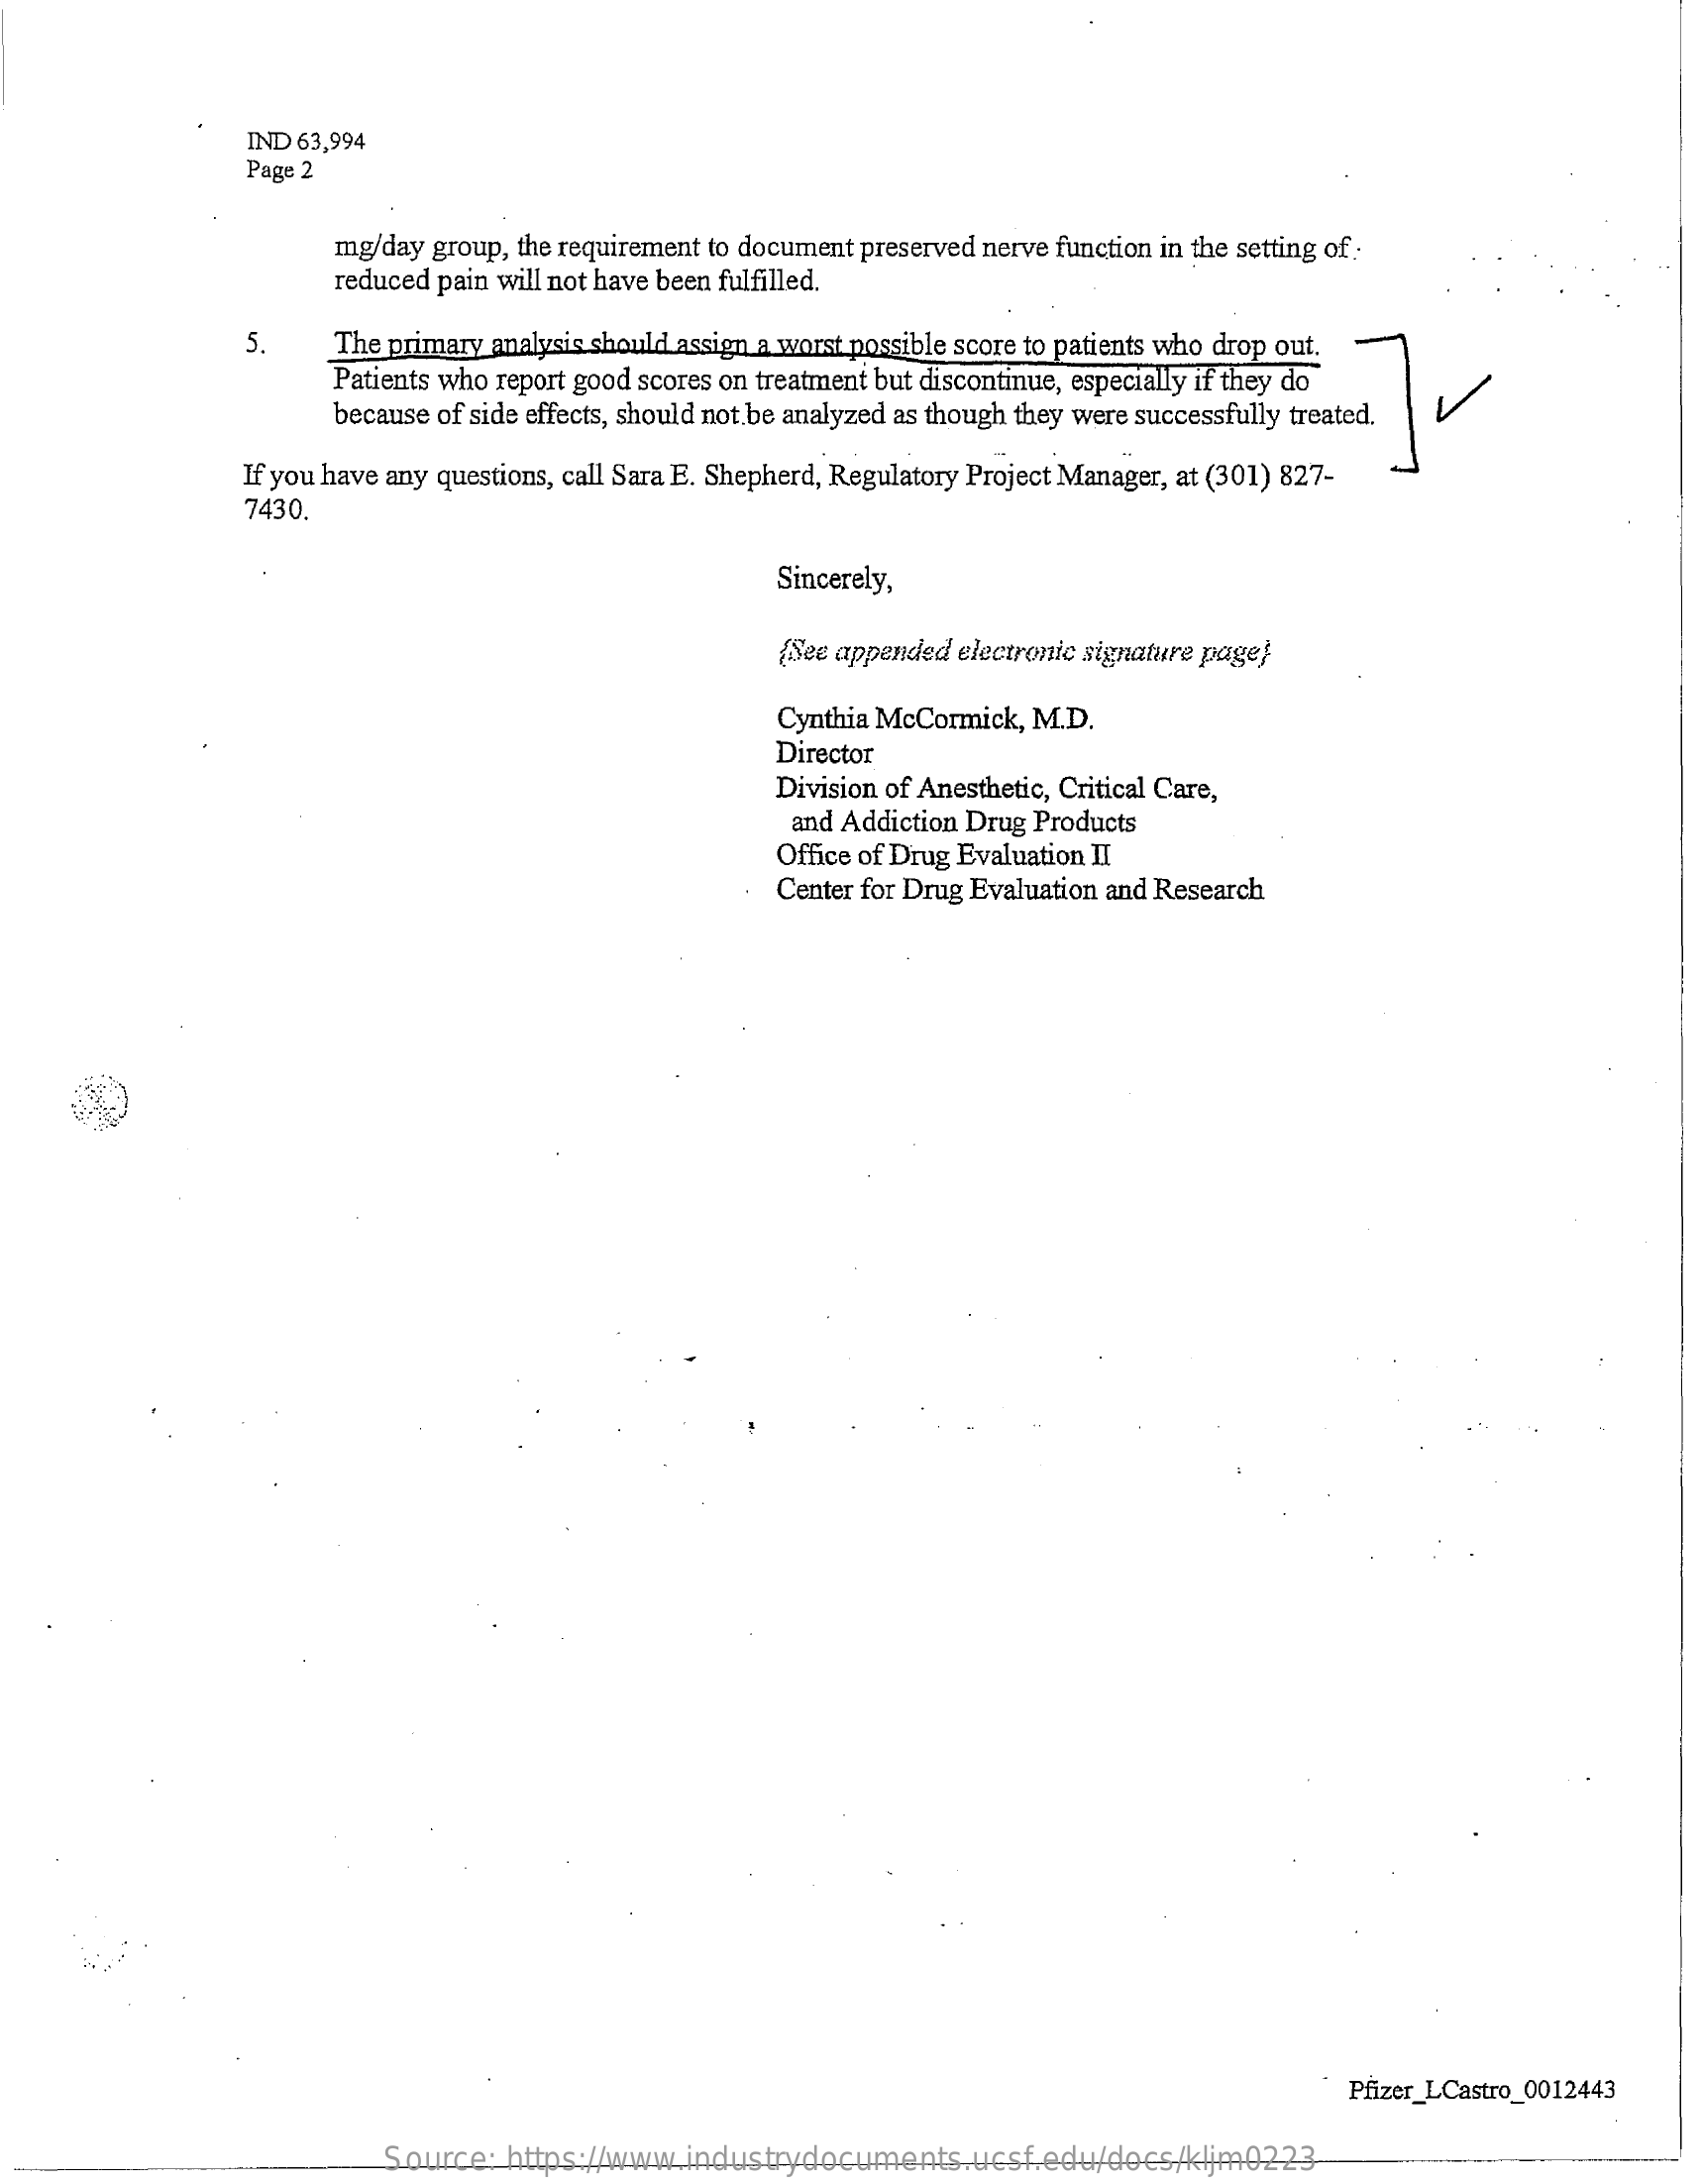
IND 63,994
     Page 2
     mg/day group, the requirement to document preserved nerve function in the setting of :
     reduced pain will not have been fulfilled.
     5    The primary analysis should assign a worst possible score to patients who drop out.
     Patients who report good scores on treatment but discontinue, especially if they do
     because of side effects, should not be analyzed as though they were successfully treated.
     If you have any questions, call Sara E. Shepherd, Regulatory Project Manager, at (301) 827-
     7430.
     Sincerely,
     (See appended electronic signature page}
     Cynthia McCormick, M.D.
     Director
     Division of Anesthetic, Critical Care,
     and Addiction Drug Products
     Office of Drug Evaluation II
     Center for Drug Evaluation and Research
     Pfizer_LCastro_0012443
     Source: https://www.industrydocuments.ucsf.edu/docs/kljm0223